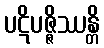
ပဋိပဇ္ဇိဿန္တိ